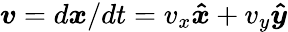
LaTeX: \boldsymbol{v}=d\boldsymbol{x}/dt=v_{x}\boldsymbol{\hat{x}}+v_{y}\boldsymbol{\hat{y}}